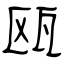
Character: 瓯